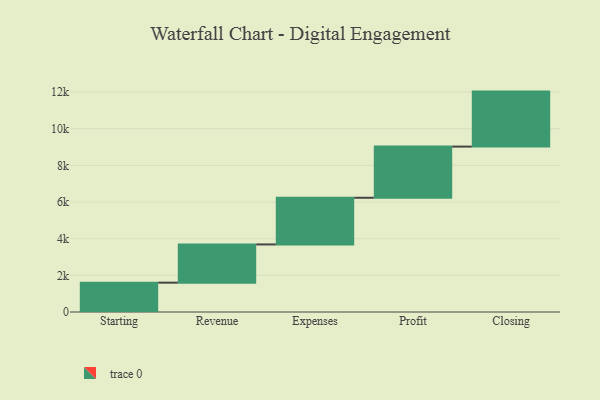
{"axis": {"x": "Step", "y": "Value"}, "legend": [""], "data": [{"x": "Starting", "y": 1601.0, "type": ""}, {"x": "Revenue", "y": 2085.0, "type": ""}, {"x": "Expenses", "y": 2547.0, "type": ""}, {"x": "Profit", "y": 2792.0, "type": ""}, {"x": "Closing", "y": 3000, "type": ""}]}